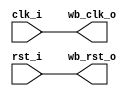
//                              -*- Mode: Verilog -*-
// Description     : WB RiscV Clock and Reset System Controller
// Last Modified By: Philip Tracton
// Update Count    : 0
// Status          : Unknown, Use with caution!

module system_controller (/*AUTOARG*/
   // Outputs
   wb_clk_o, wb_rst_o,
   // Inputs
   clk_i, rst_i
   ) ;
   input clk_i;
   input rst_i;

   output wb_clk_o;
   output wb_rst_o;

   //
   // TEMPORARY
   //
   assign wb_clk_o = clk_i;
   assign wb_rst_o = rst_i;
   
endmodule // system_controller